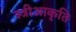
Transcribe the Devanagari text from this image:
स्त्रीआकृति